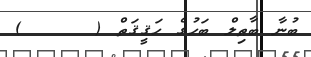
ބުނާ ބާޠިލް ބަހުގެ ހަޤީޤަތް (     )